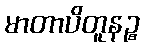
မာတာပိတူနဉ္စ